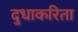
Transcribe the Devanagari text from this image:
दुधाकरिता